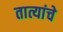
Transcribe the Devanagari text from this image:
तात्यांचे